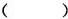
( )